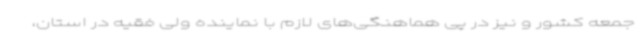
جمعه کشور و نیز در پی هماهنگی‌های لازم با نماینده ولی فقیه در استان،